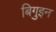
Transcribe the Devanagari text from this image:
बिगुइन